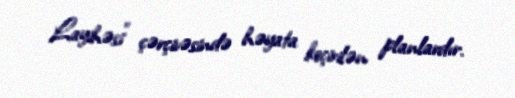
Layihəsi” çərçivəsində həyata keçirilən planlardır.